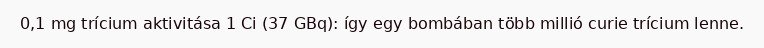
0,1 mg trícium aktivitása 1 Ci (37 GBq): így egy bombában több millió curie trícium lenne.